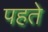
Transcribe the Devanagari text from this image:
पहते